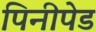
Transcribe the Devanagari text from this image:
पिनीपेड